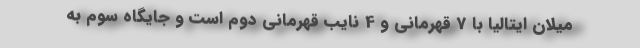
میلان ایتالیا با 7 قهرمانی و 4 نایب قهرمانی دوم است و جایگاه سوم به